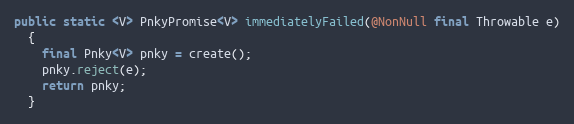
Language: Java
public static <V> PnkyPromise<V> immediatelyFailed(@NonNull final Throwable e)
  {
    final Pnky<V> pnky = create();
    pnky.reject(e);
    return pnky;
  }